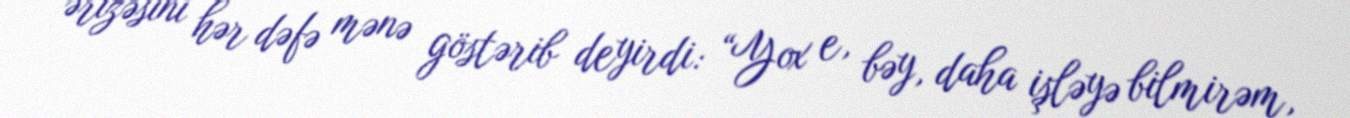
ərizəsini hər dəfə mənə göstərib deyirdi: “Yox e, bəy, daha işləyə bilmirəm,